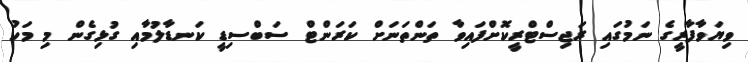
ވިޔަވާފާރީގެ ނަމުގައި ރަޖިސްޓްރީކޮށްފައިވާ ތަންތަނަށް ކަރަންޓް ސަބްސިޑީ ކަނޑާލުމާއި ގުޅިގެން މި މަހު